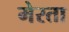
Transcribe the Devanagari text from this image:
मेरता